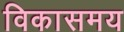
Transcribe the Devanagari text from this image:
विकासमय